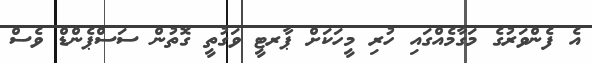
އެ ފެންވަރުގެ މަގާމެއްގައި ހުރި މީހަކަށް ޕާރޓީ ވަގުތީ ގޮތުން ސަސްޕެންޑް ވެސް